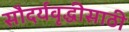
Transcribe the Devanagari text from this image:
सौदर्यवृद्धीसाठी